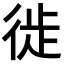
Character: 徙